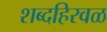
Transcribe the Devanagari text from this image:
शब्दहिरवळ